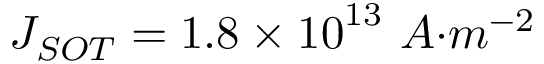
J _ { { S O T } } = 1 . 8 \times { 1 0 } ^ { 1 3 } { \ A } { { · } } { { m } } ^ { { - 2 } }